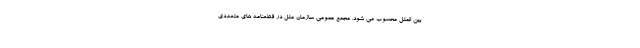
بین الملل محسوب می شود. مجمع عمومی سازمان ملل در قطعنامه های متعددی